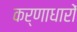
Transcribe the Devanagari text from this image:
कर्णाधारों